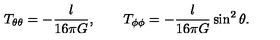
T _ { \theta \theta } = - \frac { l } { 1 6 \pi G } , \qquad T _ { \phi \phi } = - \frac { l } { 1 6 \pi G } \sin ^ { 2 } \theta .